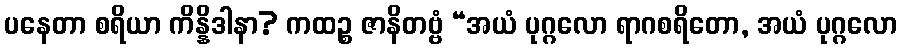
ပနေတာ စရိယာ ကိန္နိဒါနာ? ကထဉ္စ ဇာနိတဗ္ဗံ “အယံ ပုဂ္ဂလော ရာဂစရိတော, အယံ ပုဂ္ဂလော